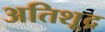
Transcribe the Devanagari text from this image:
अतिशू्द्र